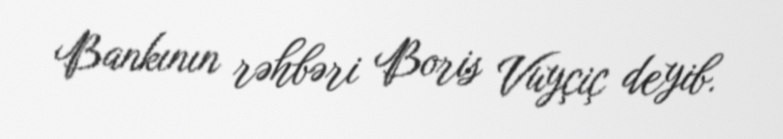
Bankının rəhbəri Boris Vuyçiç deyib.